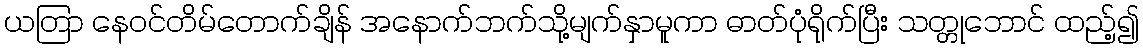
ယတြာ နေဝင်တိမ်တောက်ချိန် အနောက်ဘက်သို့မျက်နှာမူကာ ဓာတ်ပုံရိုက်ပြီး သတ္တုဘောင် ထည့်၍